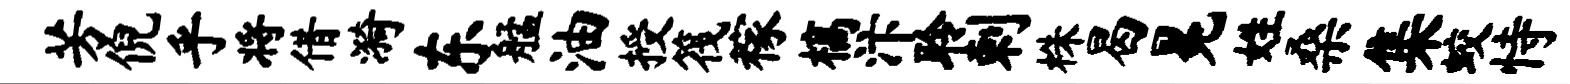
芳倪乎将借漪东艋油授筏稼槁汴聆剌株曷冕姓桑集蛟恃